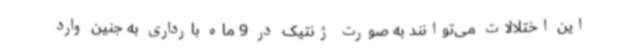
این اختلالات می‌توانند به صورت ژنتیک در 9 ماه بارداری به جنین وارد